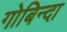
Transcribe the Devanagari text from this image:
गोबिन्दा